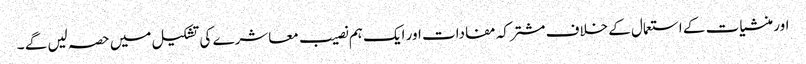
اور منشیات کے استعمال کے خلاف مشترکہ مفادات اور ایک ہم نصیب معاشرے کی تشکیل میں حصہ لیں گے ۔